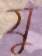
যু